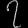
Digit: ၇